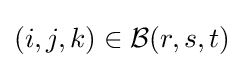
(i,j,k)\in {\mathcal {B}}(r,s,t)